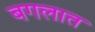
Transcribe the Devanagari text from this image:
बगलात